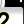
Digit: 2